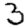
Digit: 3